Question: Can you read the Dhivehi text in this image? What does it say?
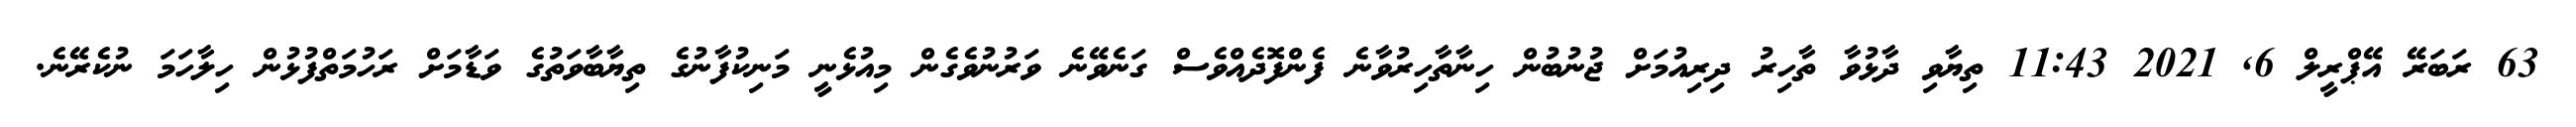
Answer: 63 ރަބަރޭ އޭޕްރީލް 6, 2021 11:43 ތިޔާވި ދާޅުވާ ތާހިރު ދިރިއުމަށް ޖުނުބުން ހިނާތާހިރުވާނެ ފެންފޮދެއްވެސް ގަނެވޭނެ ވަރުނުވެގެން މިއުޅެނީ މަނިކުފާނުގެ ތިޔާބާވަތުގެ ވަޑާމަށް ރަހުމަތްފުޅުން ހިލާހަމަ ނުކެރޭނެ.